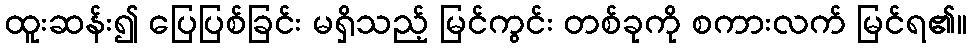
ထူးဆန်း၍ ပြေပြစ်ခြင်း မရှိသည့် မြင်ကွင်း တစ်ခုကို စကားလက် မြင်ရ၏။